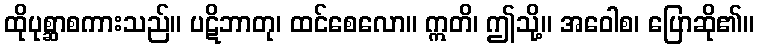
ထိုပုစ္ဆာစကားသည်။ ပဋိဘာတု၊ ထင်စေလော။ ဣတိ၊ ဤသို့။ အဝေါစ၊ ပြောဆို၏။